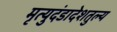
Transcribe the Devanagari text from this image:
मृत्युदंडादेशतुल्य